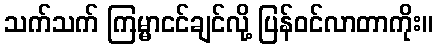
သက်သက် ကြမ္မာငင်ချင်လို့ ပြန်ဝင်လာတာကိုး။